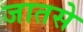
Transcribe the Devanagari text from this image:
जातसे